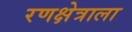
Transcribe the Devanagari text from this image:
रणक्षेत्राला